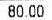
80.00